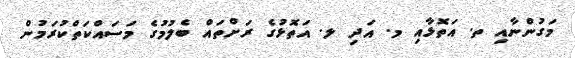
މަގުންނާއި ތ. އަތޮޅާއި މ. އަދި ލ. އަތޮޅުގެ ރަށްތައް ބެލުމުގެ މަސައްކަތްކުރަމުން